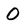
Character: O